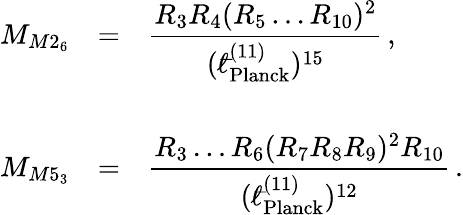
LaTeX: \begin{array}{rcl}{{M_{M2_{6}}}}&{{=}}&{{{\displaystyle\frac{R_{3}R_{4}(R_{5}\ldots R_{10})^{2}}{({}^{-}\! \! \! \! \ell_{\mathrm{Planck}}^{(11)})^{15}}}\, ,}}\\ {{}}&{{}}&{{}}\\ {{M_{M5_{3}}}}&{{=}}&{{{\displaystyle\frac{R_{3}\ldots R_{6}(R_{7}R_{8}R_{9})^{2}R_{10}}{({}^{-}\! \! \! \! \ell_{\mathrm{Planck}}^{(11)})^{12}}}\, .}}\end{array}